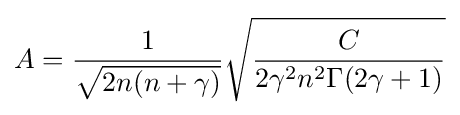
A={\frac {1}{\sqrt {2n(n+\gamma )}}}{\sqrt {\frac {C}{2\gamma ^{2}n^{2}\Gamma (2\gamma +1)}}}